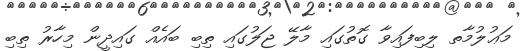
މަޢުލުމާތ ލިބިފައިވާ ގޮތުގައި މާލޭ ޖަލުގައި ތިބި ބައެއް ގައިދީން މިހާރު ތިބި